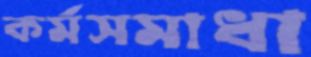
কর্মসমাধা